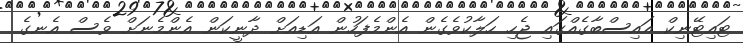
ޓައިޓޭނިކް އައިސްބާގެއްގައި ޖެހި ހަލާކުވެގެން އެންމެފަހުން އަޑިއަށް ދާނީކަން އެންމެނަށް ވެސް އެނގެ